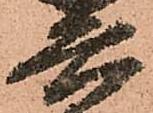
兵